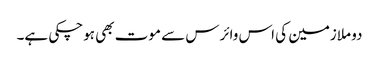
دو ملازمین کی اس وائرس سے موت بھی ہوچکی ہے۔